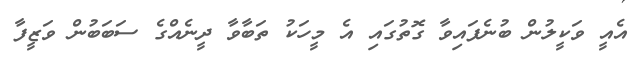
އެއީ ވަކީލުން ބުނެފައިވާ ގޮތުގައި އެ މީހަކު ތަބާވާ ދީނެއްގެ ސަބަބުން ވަޒީފާ